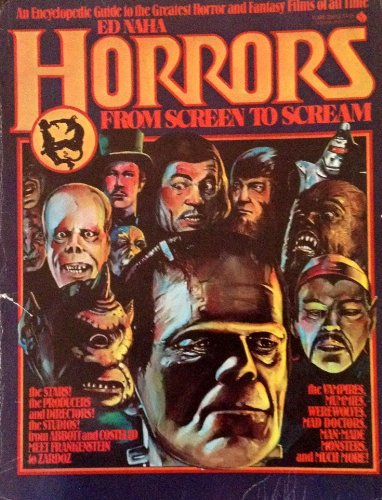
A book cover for Horrors: From Screen to Scream; Ed Naha; Humor & Entertainment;